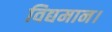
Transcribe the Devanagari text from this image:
विद्यमान।